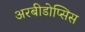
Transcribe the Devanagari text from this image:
अरबीडोप्सिस